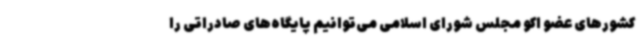
کشورهای عضو اکو مجلس شورای اسلامی می‌توانیم پایگاه‌های صادراتی را